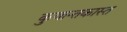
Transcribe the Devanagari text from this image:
कुवान्तकास्त